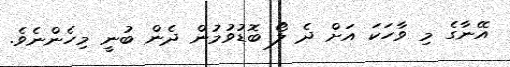
އޭނާގެ މި ވާހަކަ އަށް ދެ ލޯ ބޮޑުވުމުން ދެން ބުނީ މިހެންނެވެ.